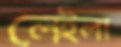
লেইলা